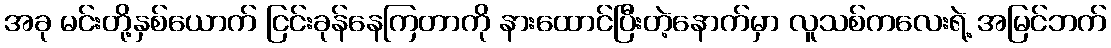
အခု မင်းတို့နှစ်ယောက် ငြင်းခုန်နေကြတာကို နားထောင်ပြီးတဲ့နောက်မှာ လူသစ်ကလေးရဲ့ အမြင်ဘက်